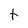
Character: t